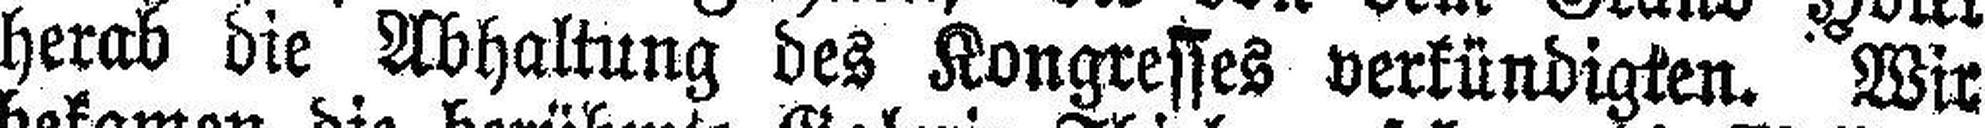
herab die Abhaltung des Kongresses verkündigten. Wir